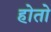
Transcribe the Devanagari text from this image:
होताे